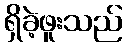
ရှိခဲ့ဖူးသည်